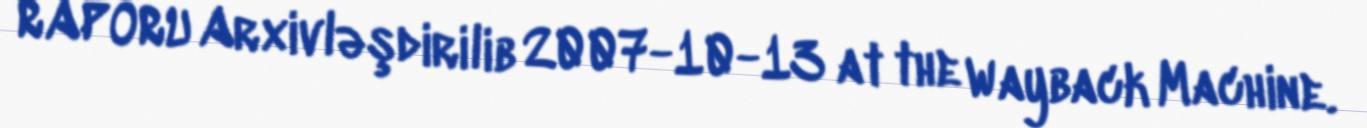
RAPORU Arxivləşdirilib 2007-10-13 at the Wayback Machine.